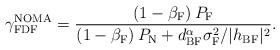
LaTeX: \begin{align*}\gamma_{\textrm{FDF}}^{\textrm{NOMA}}=\frac{\left(1-\beta_{\textrm{F}} \right)P_\textrm{F} }{\left(1-\beta_{\textrm{F}} \right)P_\textrm{N} + {d_{\textrm{BF}}^{\alpha} \sigma_{\textrm{F}}^2} / {|h_{\textrm{BF}}|^2}}.\end{align*}